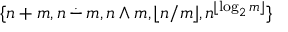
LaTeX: \{ n + m , n \, { \stackrel { . } { - } } \, m , n \wedge m , \lfloor n / m \rfloor , n ^ { \lfloor \log _ { 2 } m \rfloor } \}